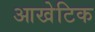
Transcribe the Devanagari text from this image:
आखेटिक